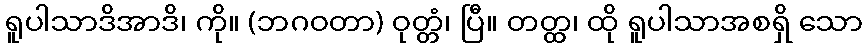
ရူပါသာဒိအာဒိ၊ ကို။ (ဘဂဝတာ) ဝုတ္တံ၊ ပြီ။ တတ္ထ၊ ထို ရူပါသာအစရှိ သော